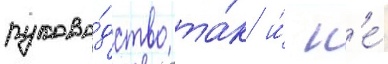
руково́дство та́к и́ н'е́